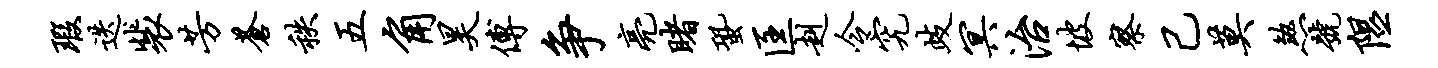
瑕迭裴芳苍秩五角昊傅争亮睹蛩匡赳令究歧冥治坡察己莫煞号隰